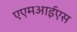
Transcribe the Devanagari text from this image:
एएमआईएस